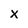
Character: x